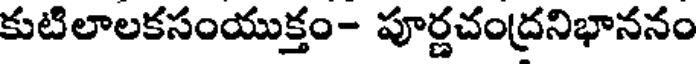
కుటిలాలకసంయుక్తం- పూర్ణచంద్రనిభాననం